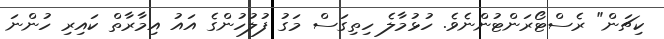
ކިޗަން" ރެސްޓޯރަންޓުންނެވެ. ހުޅުމާލެ ހިތިގަސް މަގު ފުލުހުންގެ އައު އިމާރާތް ކައިރި ހުންނަ